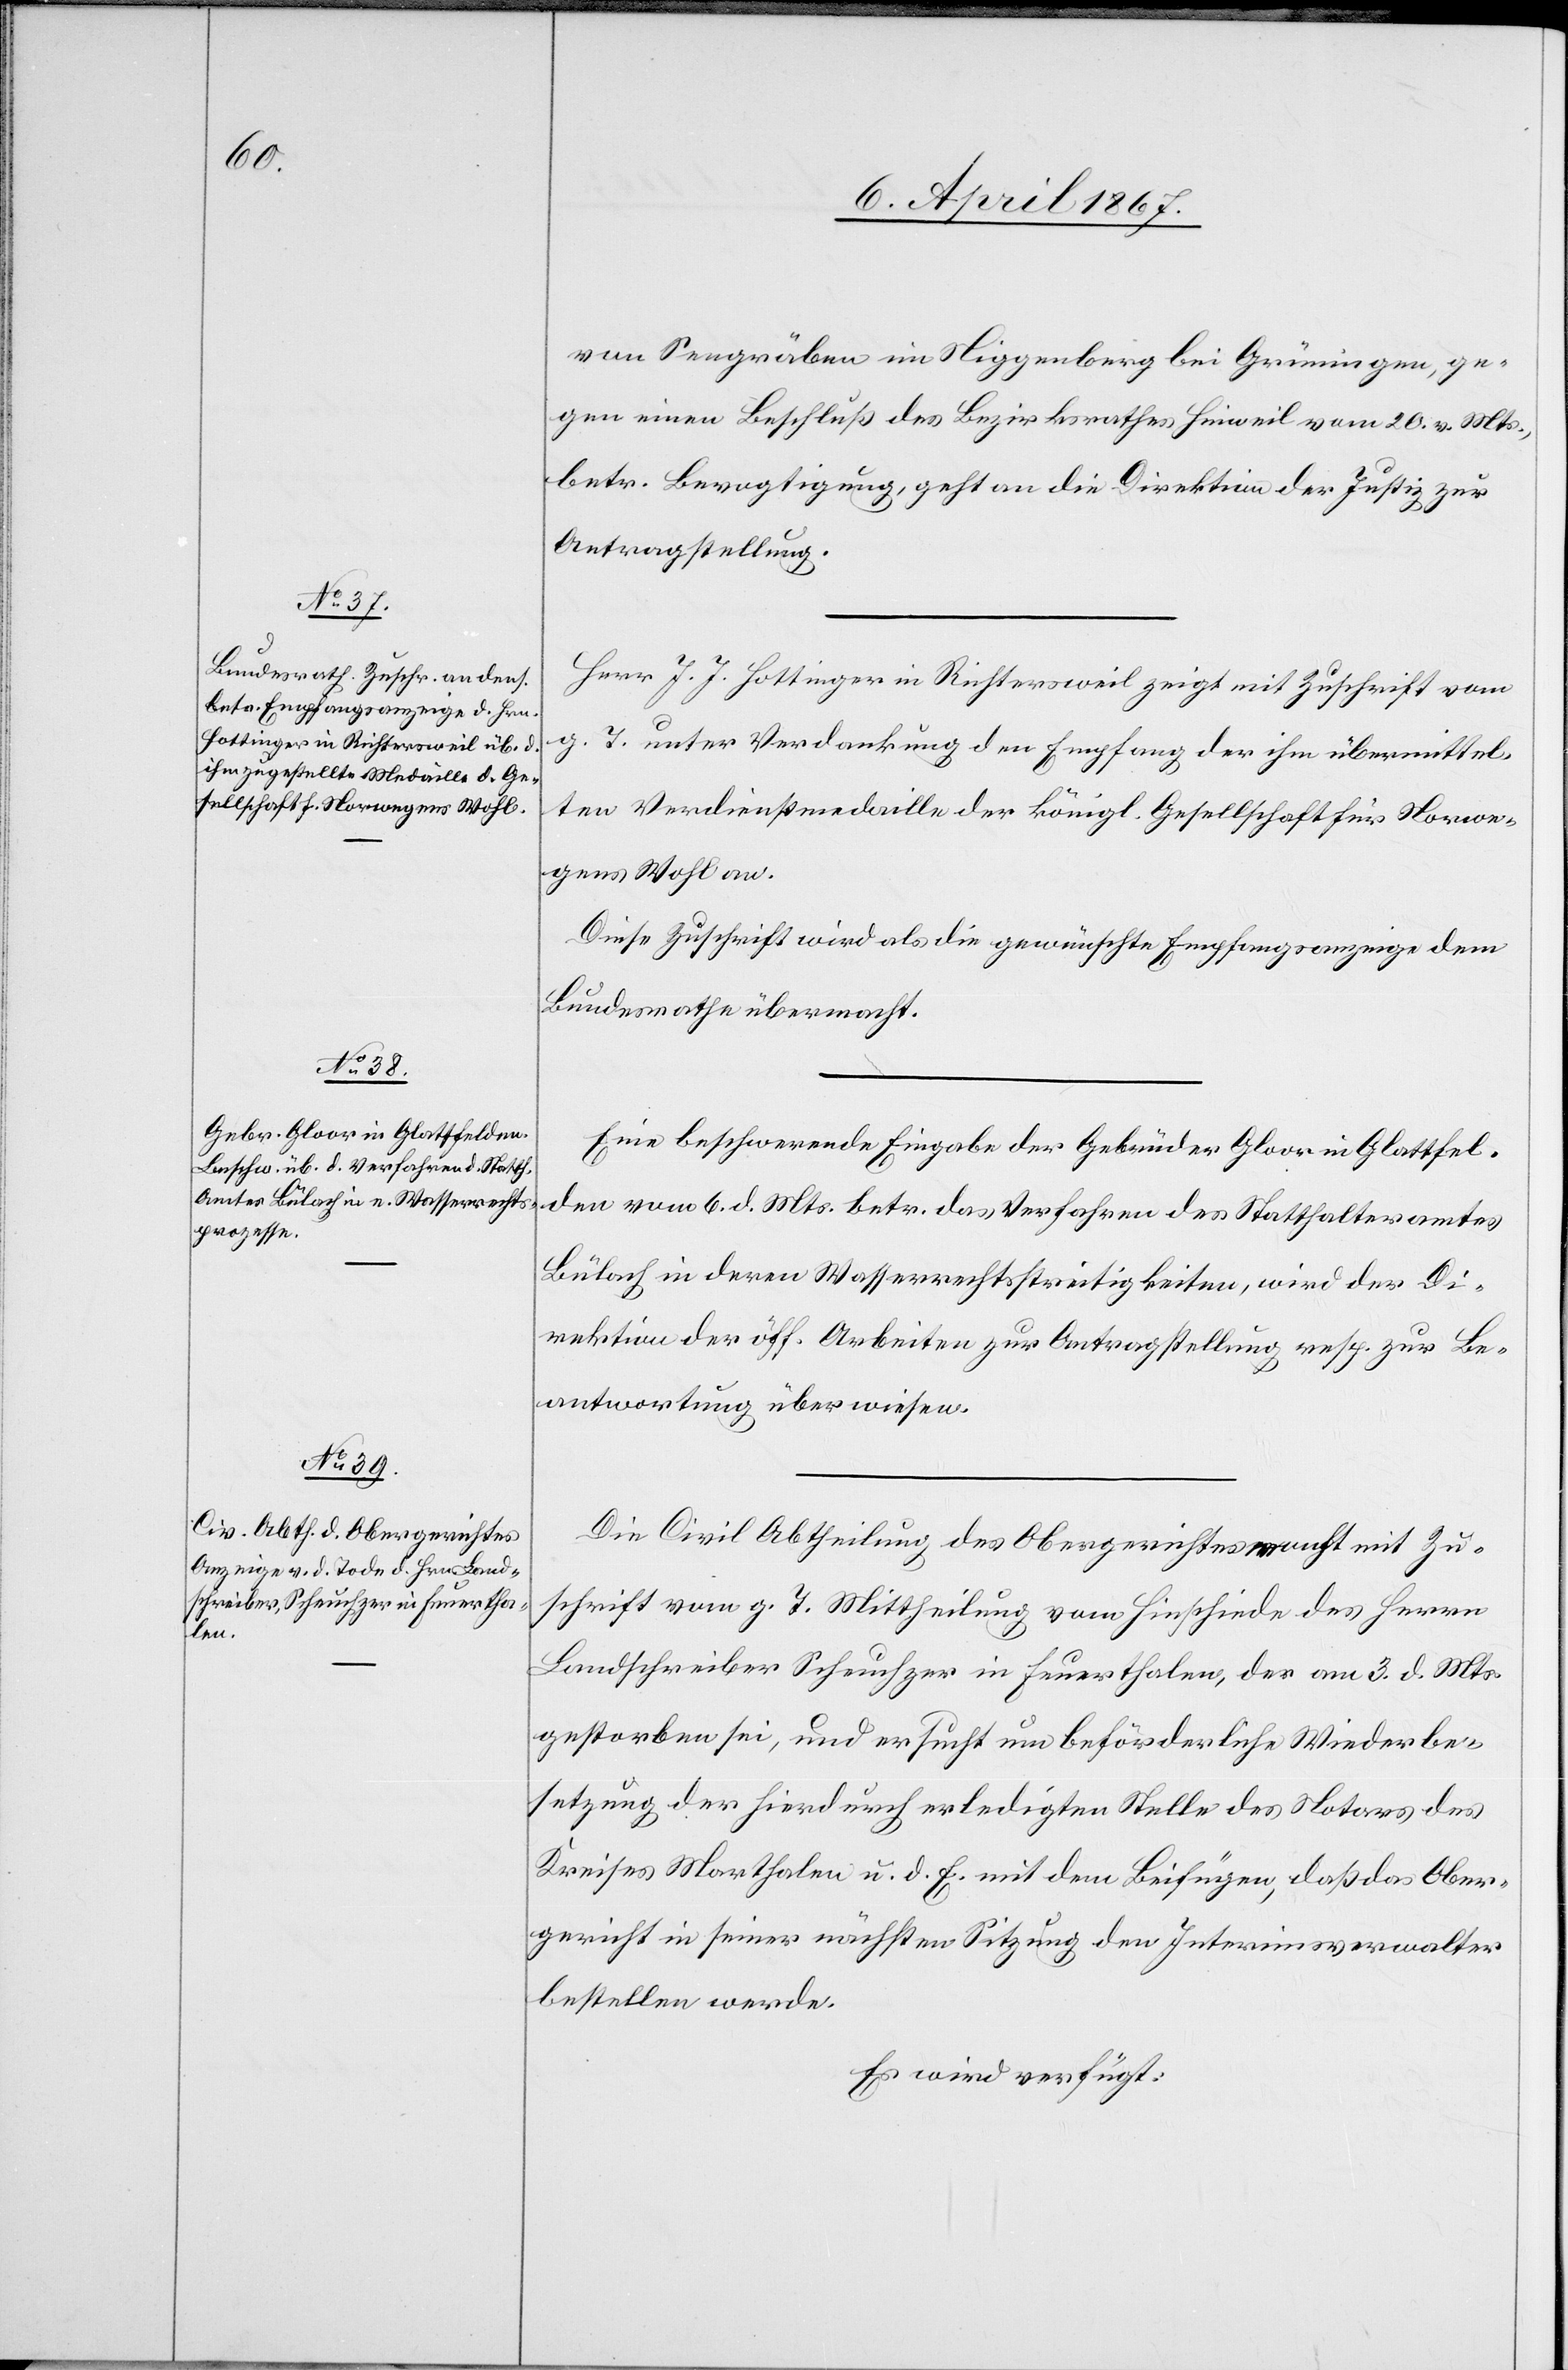
10. April 1867.]
von Seegräben im Niggenberg bei Grüningen, ge¬
gen einen Beschluß des Bezirksrathes Hinweil vom 20. v. Mts.,
betr. Bevogtigung, geht an die Direktion der Justiz zur
Antragstellung.
Herr J. J. Hottinger in Richtersweil zeigt mit Zuschrift vom
g. T. unter Verdankung den Empfang der ihm übermittel¬
ten Verdienstmedaille der königl. Gesellschaft für Norwe¬
gens Wohl an.
Diese Zuschrift wird als die gewünschte Empfangsanzeige dem
Bundesrathe übermacht.
Eine Beschwerde Eingabe der Gebrüder Gloor in Glattfel¬
den vom 6. d. Mts. betr. das Verfahren des Statthalteramtes
Bülach in deren Wasserrechtsstreitigkeiten, wird der Di¬
rektion der öff. Arbeiten zur Antragstellung resp. zur Be¬
antwortung überwiesen.
Die Civil Abtheilung des Obergerichtes macht mit Zu¬
schrift vom g. T. Mittheilung vom Hinschiede des Herrn
Landschreiber Scheuchzer in Feuerthalen, der am 3. d. Mts.
gestorben sei, und ersucht um beförderliche Wiederbe¬
setzung der hierdurch erledigten Stelle des Notars des
Kreises Marthalen u. d. E. mit dem Beifügen, daß das Ober¬
gericht in seiner nächsten Sitzung den Interimsverwalter
bestellen werde.
Es wird verfügt: